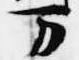
万